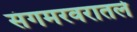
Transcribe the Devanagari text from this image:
संगमरवरातले